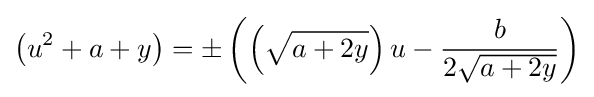
\left(u^{2}+a+y\right)=\pm \left(\left({\sqrt {a+2y}}\right)u-{b \over 2{\sqrt {a+2y}}}\right)